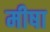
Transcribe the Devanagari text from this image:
मीषा